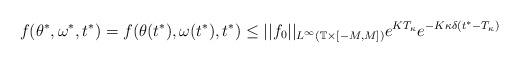
LaTeX: \begin{align*}f(\theta^{*},\omega^{*},t^{*})=f(\theta(t^{*}),\omega(t^{*}),t^{*})\leq ||f_0||_{L^{\infty}(\mathbb T \times [-M, M])} e^{KT_{\kappa}}e^{-K\kappa\delta(t^{*}-T_{\kappa})}\end{align*}